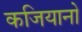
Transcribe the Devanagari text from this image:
कजियानो